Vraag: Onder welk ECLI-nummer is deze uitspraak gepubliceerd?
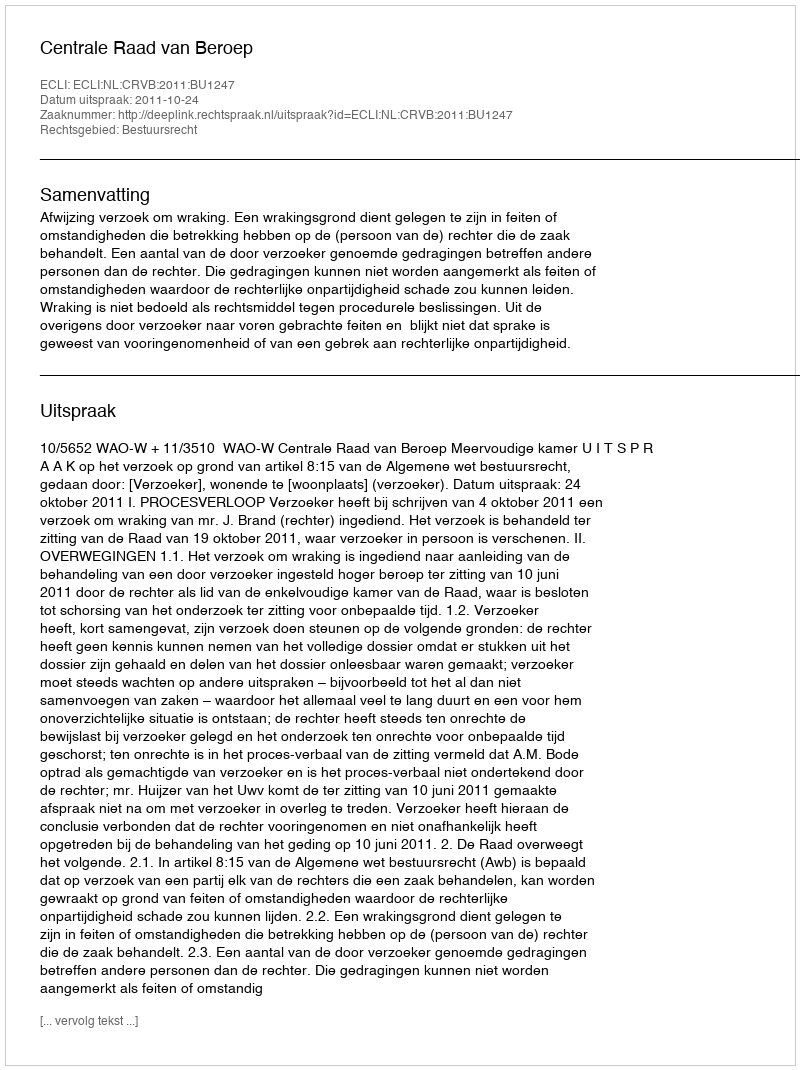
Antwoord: ECLI:NL:CRVB:2011:BU1247